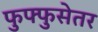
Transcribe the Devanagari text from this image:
फुफ्फुसेतर